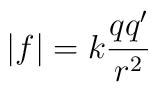
|f|=k\frac{qq^{\prime }}{r^2}